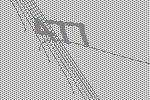
477